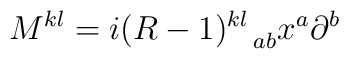
M^{kl}=i (R-1)^{kl}_{\;\;\;\; ab} x^{a} \partial^{b}